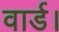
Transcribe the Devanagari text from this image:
वार्ड।